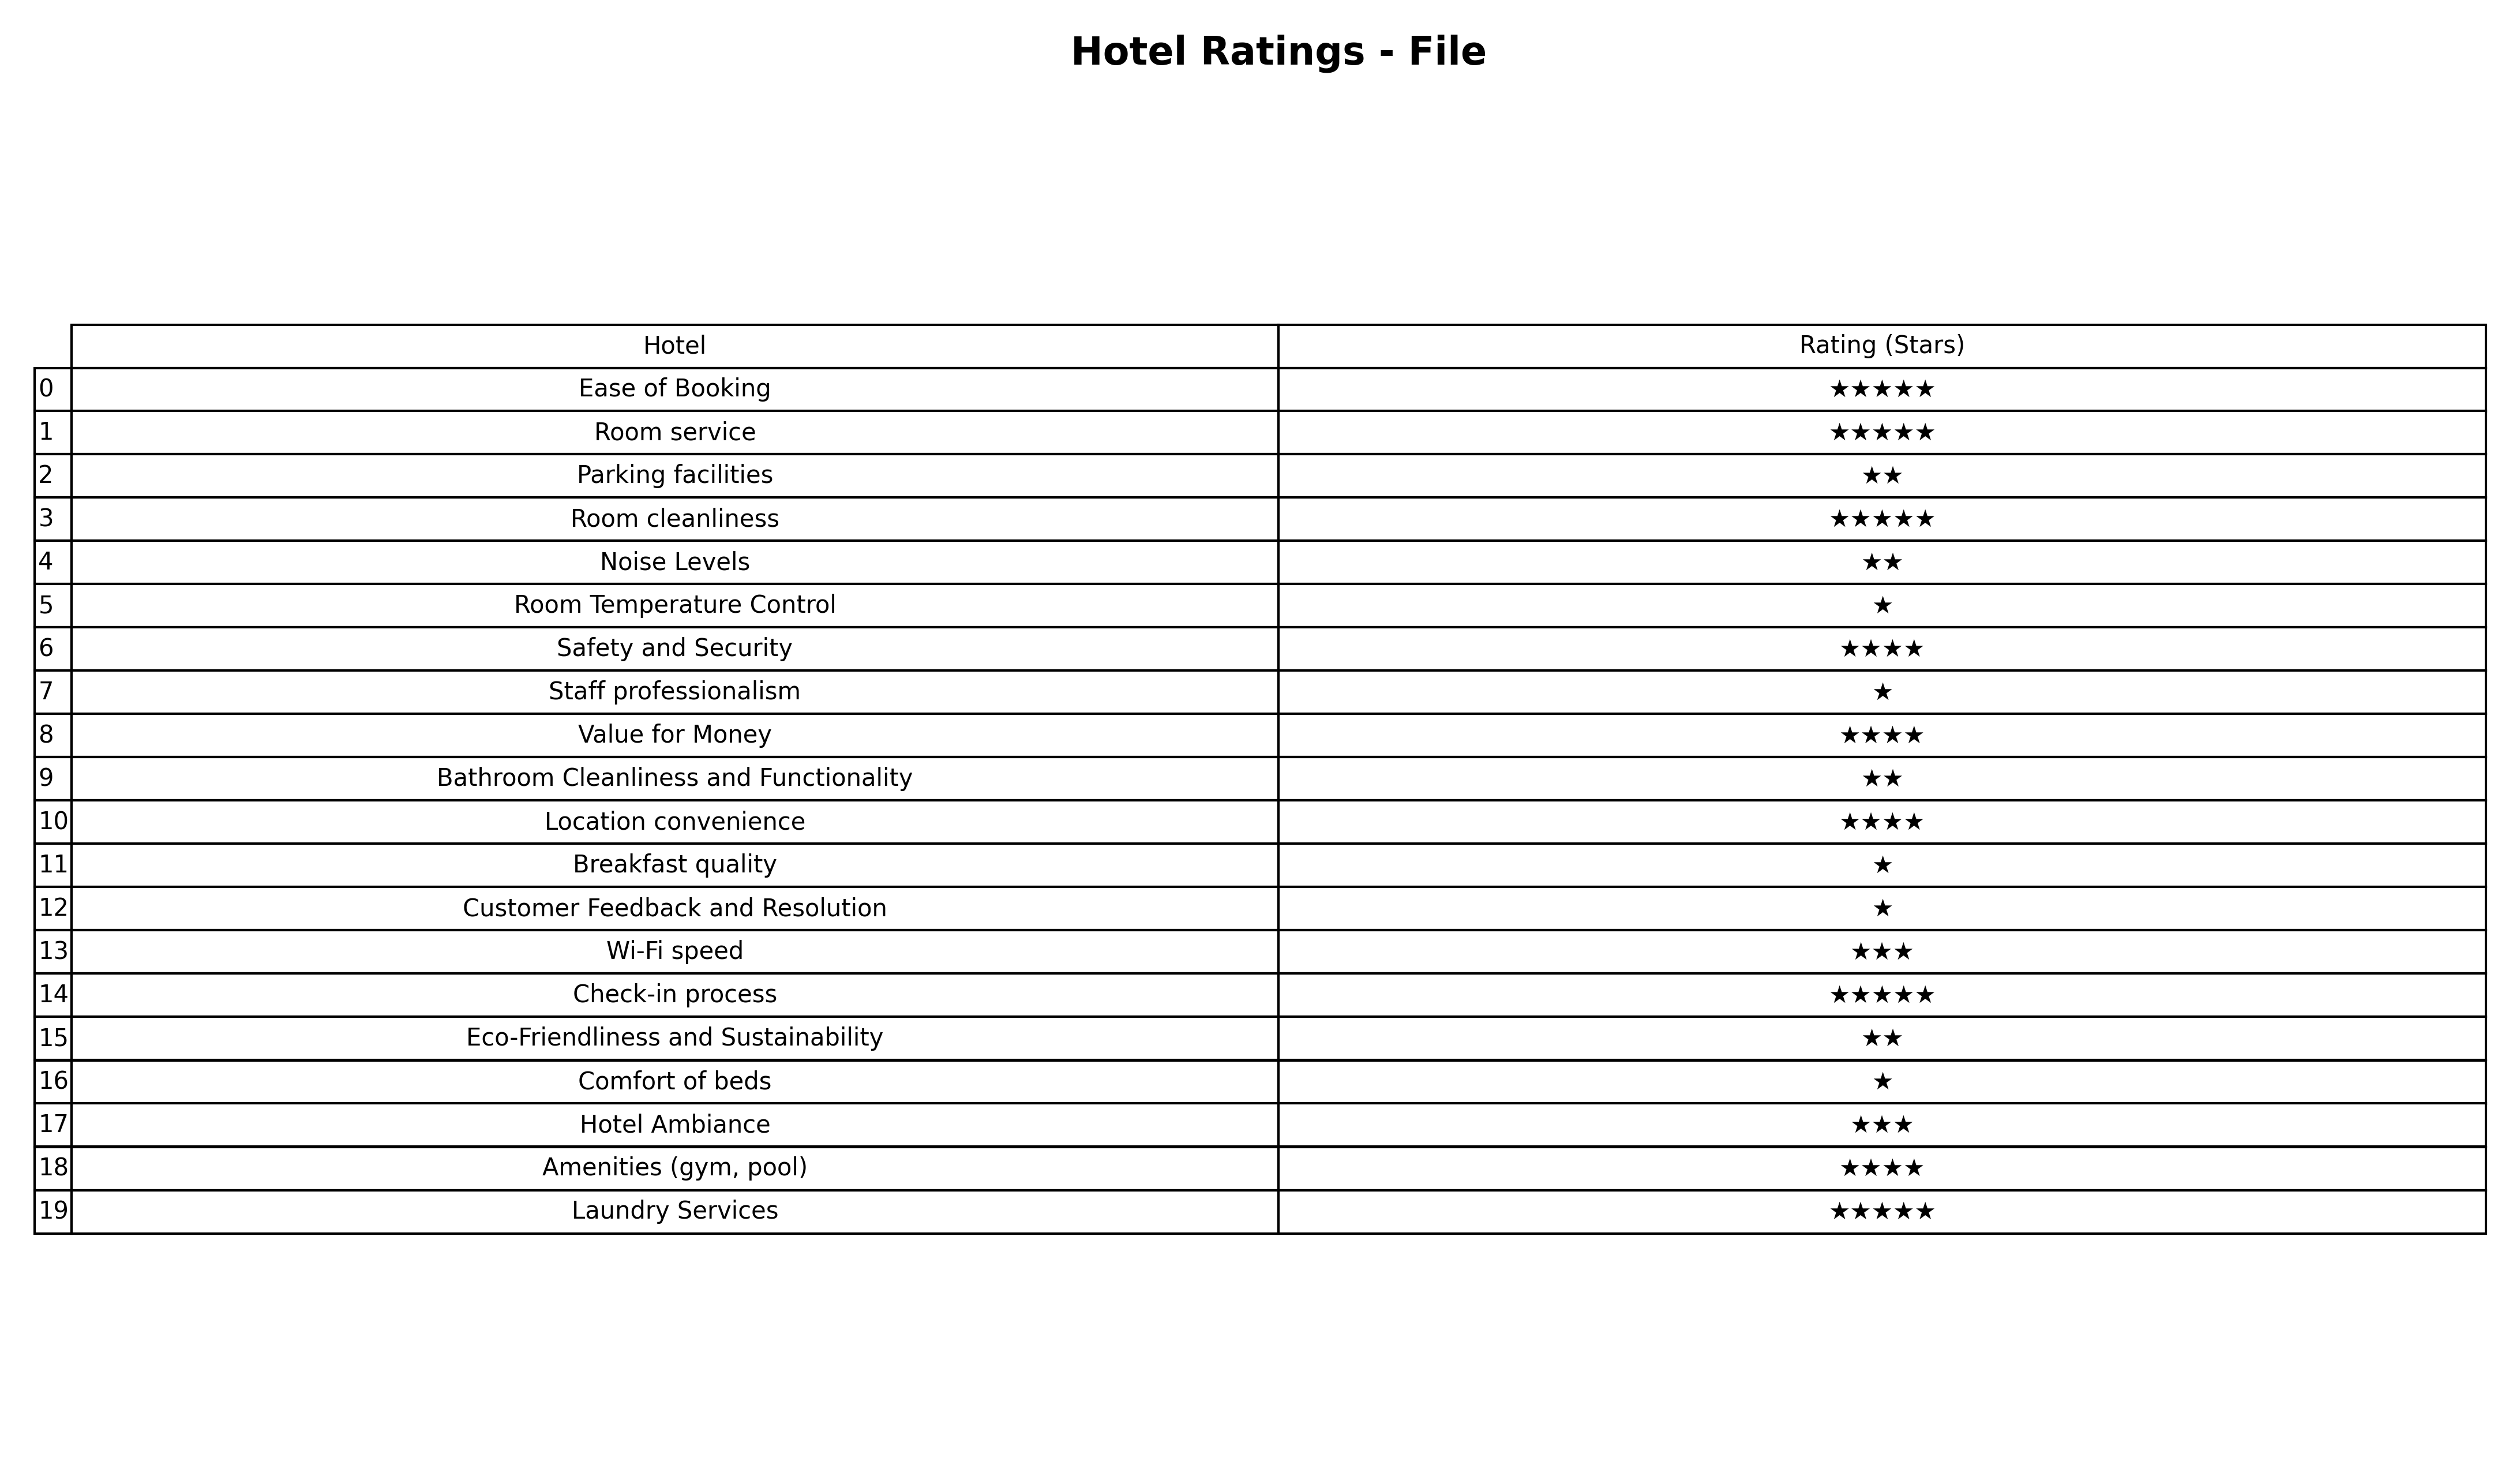
question: What is the rating of Staff professionalism?
answer: ★